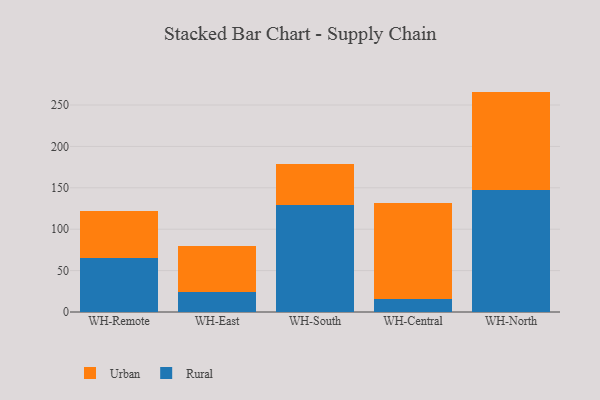
{"axis": {"x": "Warehouse", "y": "Customer Acquisition Cost (USD)"}, "legend": ["Rural", "Urban"], "data": [{"x": "WH-Remote", "y": 65.4, "type": "Rural"}, {"x": "WH-Remote", "y": 56.5, "type": "Urban"}, {"x": "WH-East", "y": 24.5, "type": "Rural"}, {"x": "WH-East", "y": 55.7, "type": "Urban"}, {"x": "WH-South", "y": 128.7, "type": "Rural"}, {"x": "WH-South", "y": 50.4, "type": "Urban"}, {"x": "WH-Central", "y": 15.4, "type": "Rural"}, {"x": "WH-Central", "y": 116.7, "type": "Urban"}, {"x": "WH-North", "y": 147.1, "type": "Rural"}, {"x": "WH-North", "y": 119.1, "type": "Urban"}]}